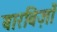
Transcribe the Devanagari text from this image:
बारबिज़ाँ